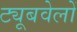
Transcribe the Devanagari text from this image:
ट्यूबवेलों